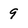
Character: 9